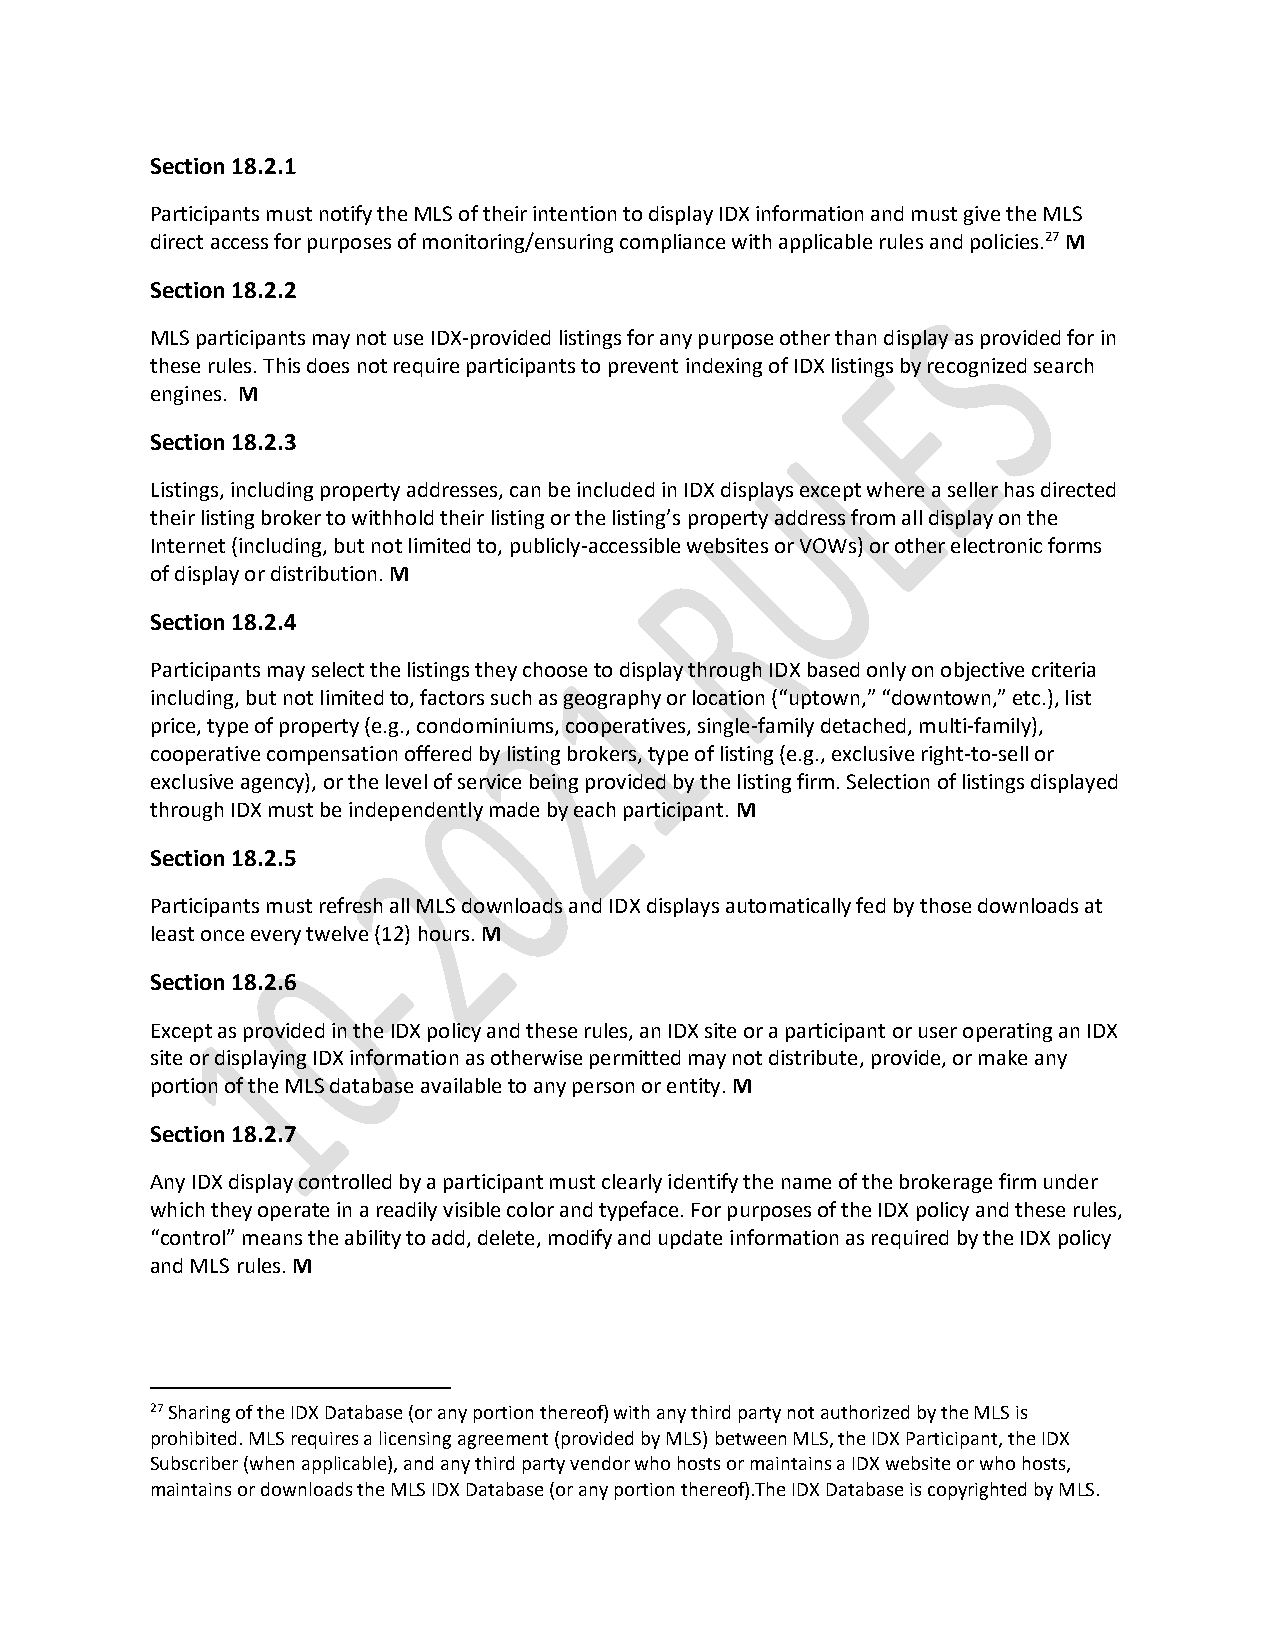
Section 18.2.1
 Participants must notify the MLS of their intention to display IDX information and must give the MLS
 direct access for purposes of monitoring/ensuring compliance with applicable rules and policies.27 M
 Section 18.2.2
 MLS participants may not use IDX-provided listings for any purpose other than display as provided for in
 these rules. This does not require participants to prevent indexing of IDX listings by recognized search
 engines. M
 Section 18.2.3
 Listings, including property addresses, can be included in IDX displays except where a seller has directed
 their listing broker to withhold their listing or the listing’s property address from all display on the
 Internet (including, but not limited to, publicly-accessible websites or VOWs) or other electronic forms
 of display or distribution. M
 Section 18.2.4
 Participants may select the listings they choose to display through IDX based only on objective criteria
 including, but not limited to, factors such as geography or location (“uptown,” “downtown,” etc.), list
 price, type of property (e.g., condominiums, cooperatives, single-family detached, multi-family),
 cooperative compensation offered by listing brokers, type of listing (e.g., exclusive right-to-sell or
 exclusive agency), or the level of service being provided by the listing firm. Selection of listings displayed
 through IDX must be independently made by each participant. M
 Section 18.2.5
 Participants must refresh all MLS downloads and IDX displays automatically fed by those downloads at
 least once every twelve (12) hours. M
 Section 18.2.6
 Except as provided in the IDX policy and these rules, an IDX site or a participant or user operating an IDX
 site or displaying IDX information as otherwise permitted may not distribute, provide, or make any
 portion of the MLS database available to any person or entity. M
 Section 18.2.7
 Any IDX display controlled by a participant must clearly identify the name of the brokerage firm under
 which they operate in a readily visible color and typeface. For purposes of the IDX policy and these rules,
 “control” means the ability to add, delete, modify and update information as required by the IDX policy
 and MLS rules. M
 27 Sharing of the IDX Database (or any portion thereof) with any third party not authorized by the MLS is
 prohibited. MLS requires a licensing agreement (provided by MLS) between MLS, the IDX Participant, the IDX
 Subscriber (when applicable), and any third party vendor who hosts or maintains a IDX website or who hosts,
 maintains or downloads the MLS IDX Database (or any portion thereof).The IDX Database is copyrighted by MLS.